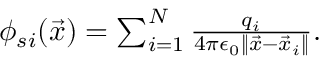
\begin{array} { r } { \phi _ { s i } ( \vec { x } ) = \sum _ { i = 1 } ^ { N } \frac { q _ { i } } { 4 \pi \epsilon _ { 0 } \| \vec { x } - \vec { x } _ { i } \| } . } \end{array}